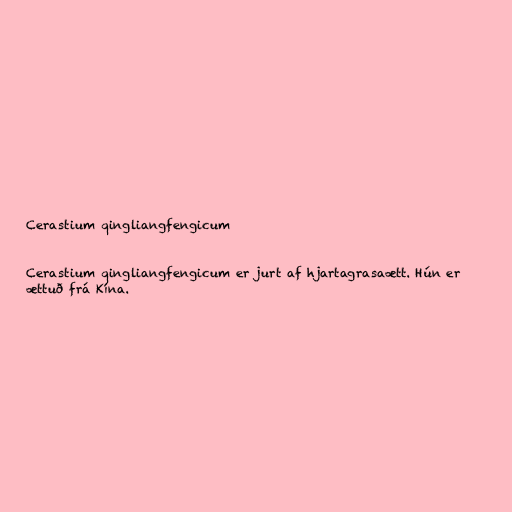
Cerastium qingliangfengicum

Cerastium qingliangfengicum er jurt af hjartagrasaætt. Hún er
ættuð frá Kína.